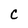
Character: C